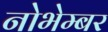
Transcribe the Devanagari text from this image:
नोभेम्बर